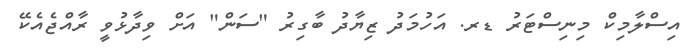
އިސްލާމިކް މިނިސްޓަރު ޑރ. އަހުމަދު ޒިޔާދު ބާގިރު "ސަން" އަށް ވިދާޅުވީ ރާއްޖެއެކޭ